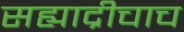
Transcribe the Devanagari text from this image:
सह्याद्रीचाच